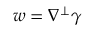
w = \nabla ^ { \perp } \gamma